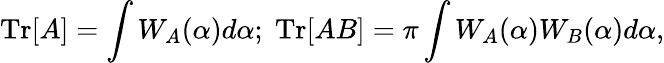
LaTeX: \mathrm{Tr}[A]=\int W_{A}(\alpha)d\alpha;\; \mathrm{Tr}[AB]=\pi\int W_{A}(\alpha)W_{B}(\alpha)d\alpha,